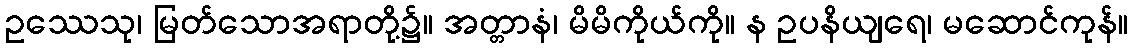
ဥဿေသု၊ မြတ်သောအရာတို့၌။ အတ္တာနံ၊ မိမိကိုယ်ကို။ န ဥပနိယျရေ၊ မဆောင်ကုန်။